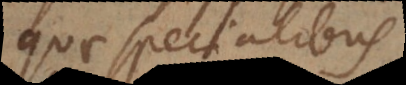
quae specialibus